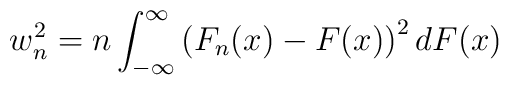
w^2_n=n\int_{-\infty}^\infty \left(F_n(x)-F(x)\right)^2dF(x)